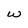
Character: w